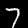
Digit: 7